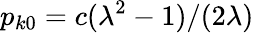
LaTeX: p_{k0}=c(\lambda^{2}-1)/(2\lambda)